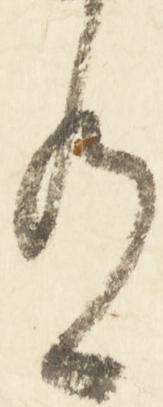
有